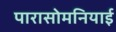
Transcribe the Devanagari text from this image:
पारासोमनियाई